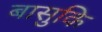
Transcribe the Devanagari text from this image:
बासुकि